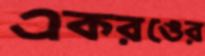
একরঙের